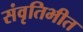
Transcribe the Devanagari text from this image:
संवृतिभीत